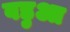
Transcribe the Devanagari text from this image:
वडुआ